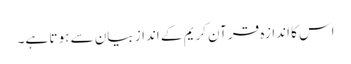
اس کا اندازہ قر آن کریم کے انداز بیان سے ہو تا ہے۔